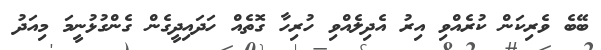
ބޭބެ ވެރިކަން ކުރެއްވި އިރު އެދިލެއްވި ހުރިހާ ގޮތެއް ހަދައިދީގެން ގެންގުޅުނީމަ މިއަދު